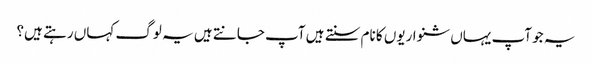
یہ جو آپ یہاں شنواریوں کا نام سنتے ہیں آپ جانتے ہیں یہ لوگ کہاں رہتے ہیں؟